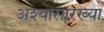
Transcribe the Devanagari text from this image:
अश्यासारख्या